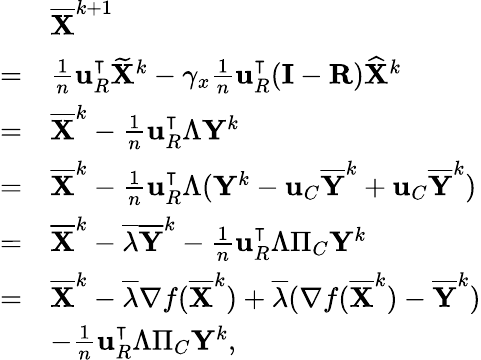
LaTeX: \begin{array}{rl}&{\overline{{{\mathbf{X}}}}^{k+1}}\\ {=}&{\frac{1}{n}{\mathbf{u}}_{R}^{\intercal}\widetilde{{\mathbf{X}}}^{k}-\gamma_{x}\frac{1}{n}{\mathbf{u}}_{R}^{\intercal}({\mathbf{I}}-{\mathbf{R}})\widehat{{\mathbf{X}}}^{k}}\\ {=}&{\overline{{{\mathbf{X}}}}^{k}-\frac{1}{n}{\mathbf{u}}_{R}^{\intercal}\Lambda{\mathbf{Y}}^{k}}\\ {=}&{\overline{{{\mathbf{X}}}}^{k}-\frac{1}{n}{\mathbf{u}}_{R}^{\intercal}\Lambda({\mathbf{Y}}^{k}-{\mathbf{u}}_{C}\overline{{{\mathbf{Y}}}}^{k}+{\mathbf{u}}_{C}\overline{{{\mathbf{Y}}}}^{k})}\\ {=}&{\overline{{{\mathbf{X}}}}^{k}-\overline{{\lambda}}\overline{{{\mathbf{Y}}}}^{k}-\frac{1}{n}{\mathbf{u}}_{R}^{\intercal}\Lambda\Pi_{C}{\mathbf{Y}}^{k}}\\ {=}&{\overline{{{\mathbf{X}}}}^{k}-\overline{{\lambda}}\nabla f(\overline{{{\mathbf{X}}}}^{k})+\overline{{\lambda}}(\nabla f(\overline{{{\mathbf{X}}}}^{k})-\overline{{{\mathbf{Y}}}}^{k})}\\ &{-\frac{1}{n}{\mathbf{u}}_{R}^{\intercal}\Lambda\Pi_{C}{\mathbf{Y}}^{k},}\end{array}